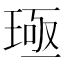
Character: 𬍪